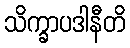
သိက္ခာပဒါနီတိ